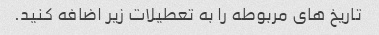
تاریخ های مربوطه را به تعطیلات زیر اضافه کنید.